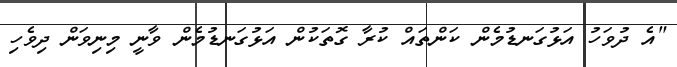
"އެ ދުވަހު އަޅުގަނޑުމެން ކަންތައް ކުރާ ގޮތަކުން އަޅުގަނޑުމެން ވާނީ މިނިވަން ދިވެހި